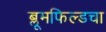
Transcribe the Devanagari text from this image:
ब्लूमफिल्डचा